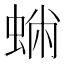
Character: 𧌽